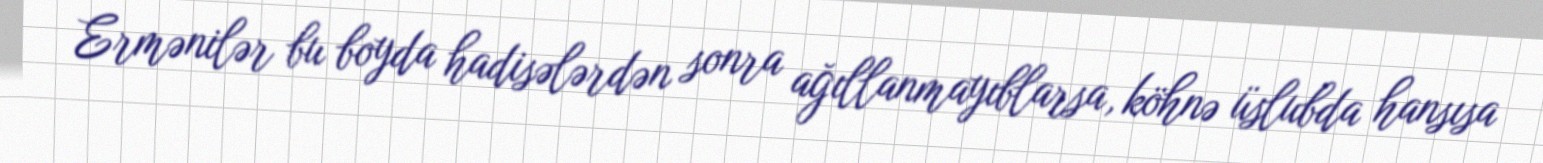
Ermənilər bu boyda hadisələrdən sonra ağıllanmayıblarsa, köhnə üslubda hansısa